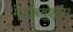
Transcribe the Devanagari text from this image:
मैसाच्युएट्स